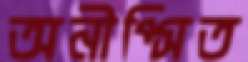
অনীপ্সিত